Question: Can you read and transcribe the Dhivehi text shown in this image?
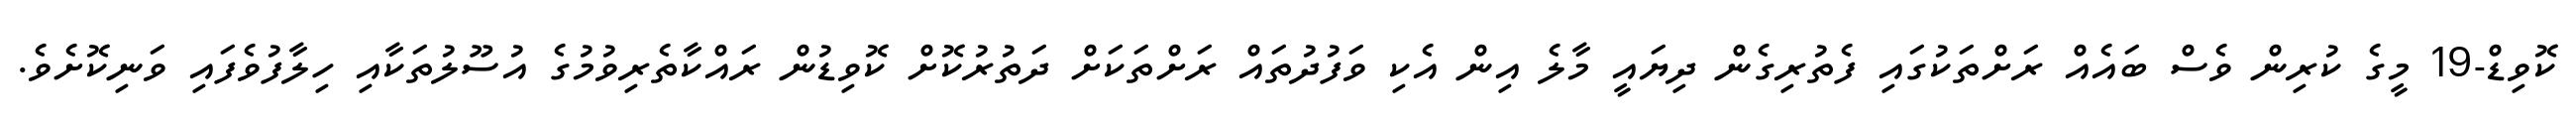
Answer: ކޮވިޑް-19 މީގެ ކުރިން ވެސް ބައެއް ރަށްތަކުގައި ފެތުރިގެން ދިޔައީ މާލެ އިން އެކި ވަފުދުތައް ރަށްތަކަށް ދަތުރުކޮށް ކޮވިޑުން ރައްކާތެރިވުމުގެ އުސޫލުތަކާއި ހިލާފުވެފައި ވަނިކޮށެވެ.